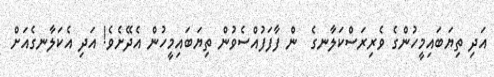
އަދި ތިޔަބައިމީހުންގެ ވެރިރަސްކަލާނގެ  ން ފާފަފުއްސެވުން ތިޔަބައިމީހުން އެދޭށެވެ! އަދި އެކަލާނގެއަށް